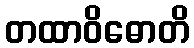
တထာဝိဓောတိ